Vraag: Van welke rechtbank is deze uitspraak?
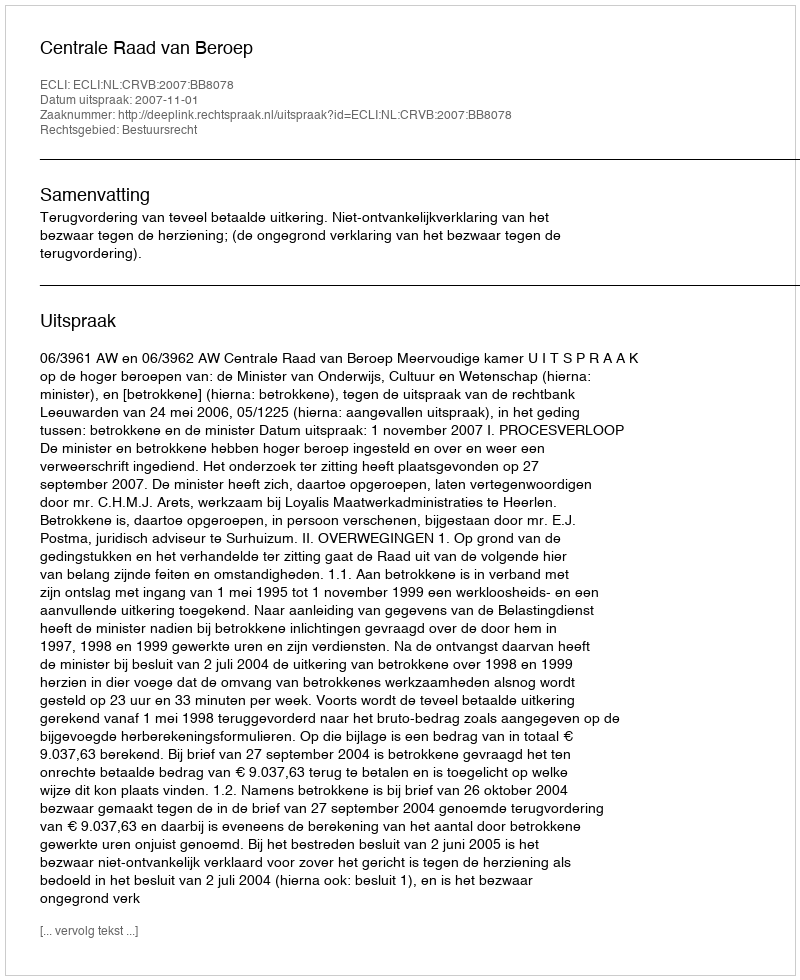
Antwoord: Centrale Raad van Beroep